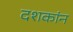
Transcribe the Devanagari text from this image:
दशकांन